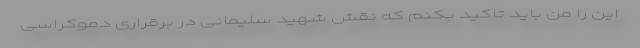
این را من باید تاکید بکنم که نقش شهید سلیمانی در برقراری دموکراسی